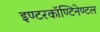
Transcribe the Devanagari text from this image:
इण्टरकॉण्टिनेण्टल